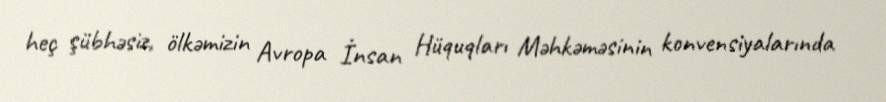
heç şübhəsiz, ölkəmizin Avropa İnsan Hüquqları Məhkəməsinin konvensiyalarında